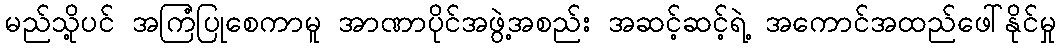
မည်သို့ပင် အကြံပြုစေကာမူ အာဏာပိုင်အဖွဲ့အစည်း အဆင့်ဆင့်ရဲ့ အကောင်အထည်ဖေါ်နိုင်မှု